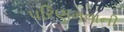
પરિણમવાની